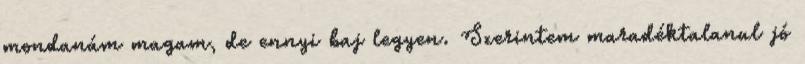
mondanám magam, de ennyi baj legyen. Szerintem maradéktalanul jó